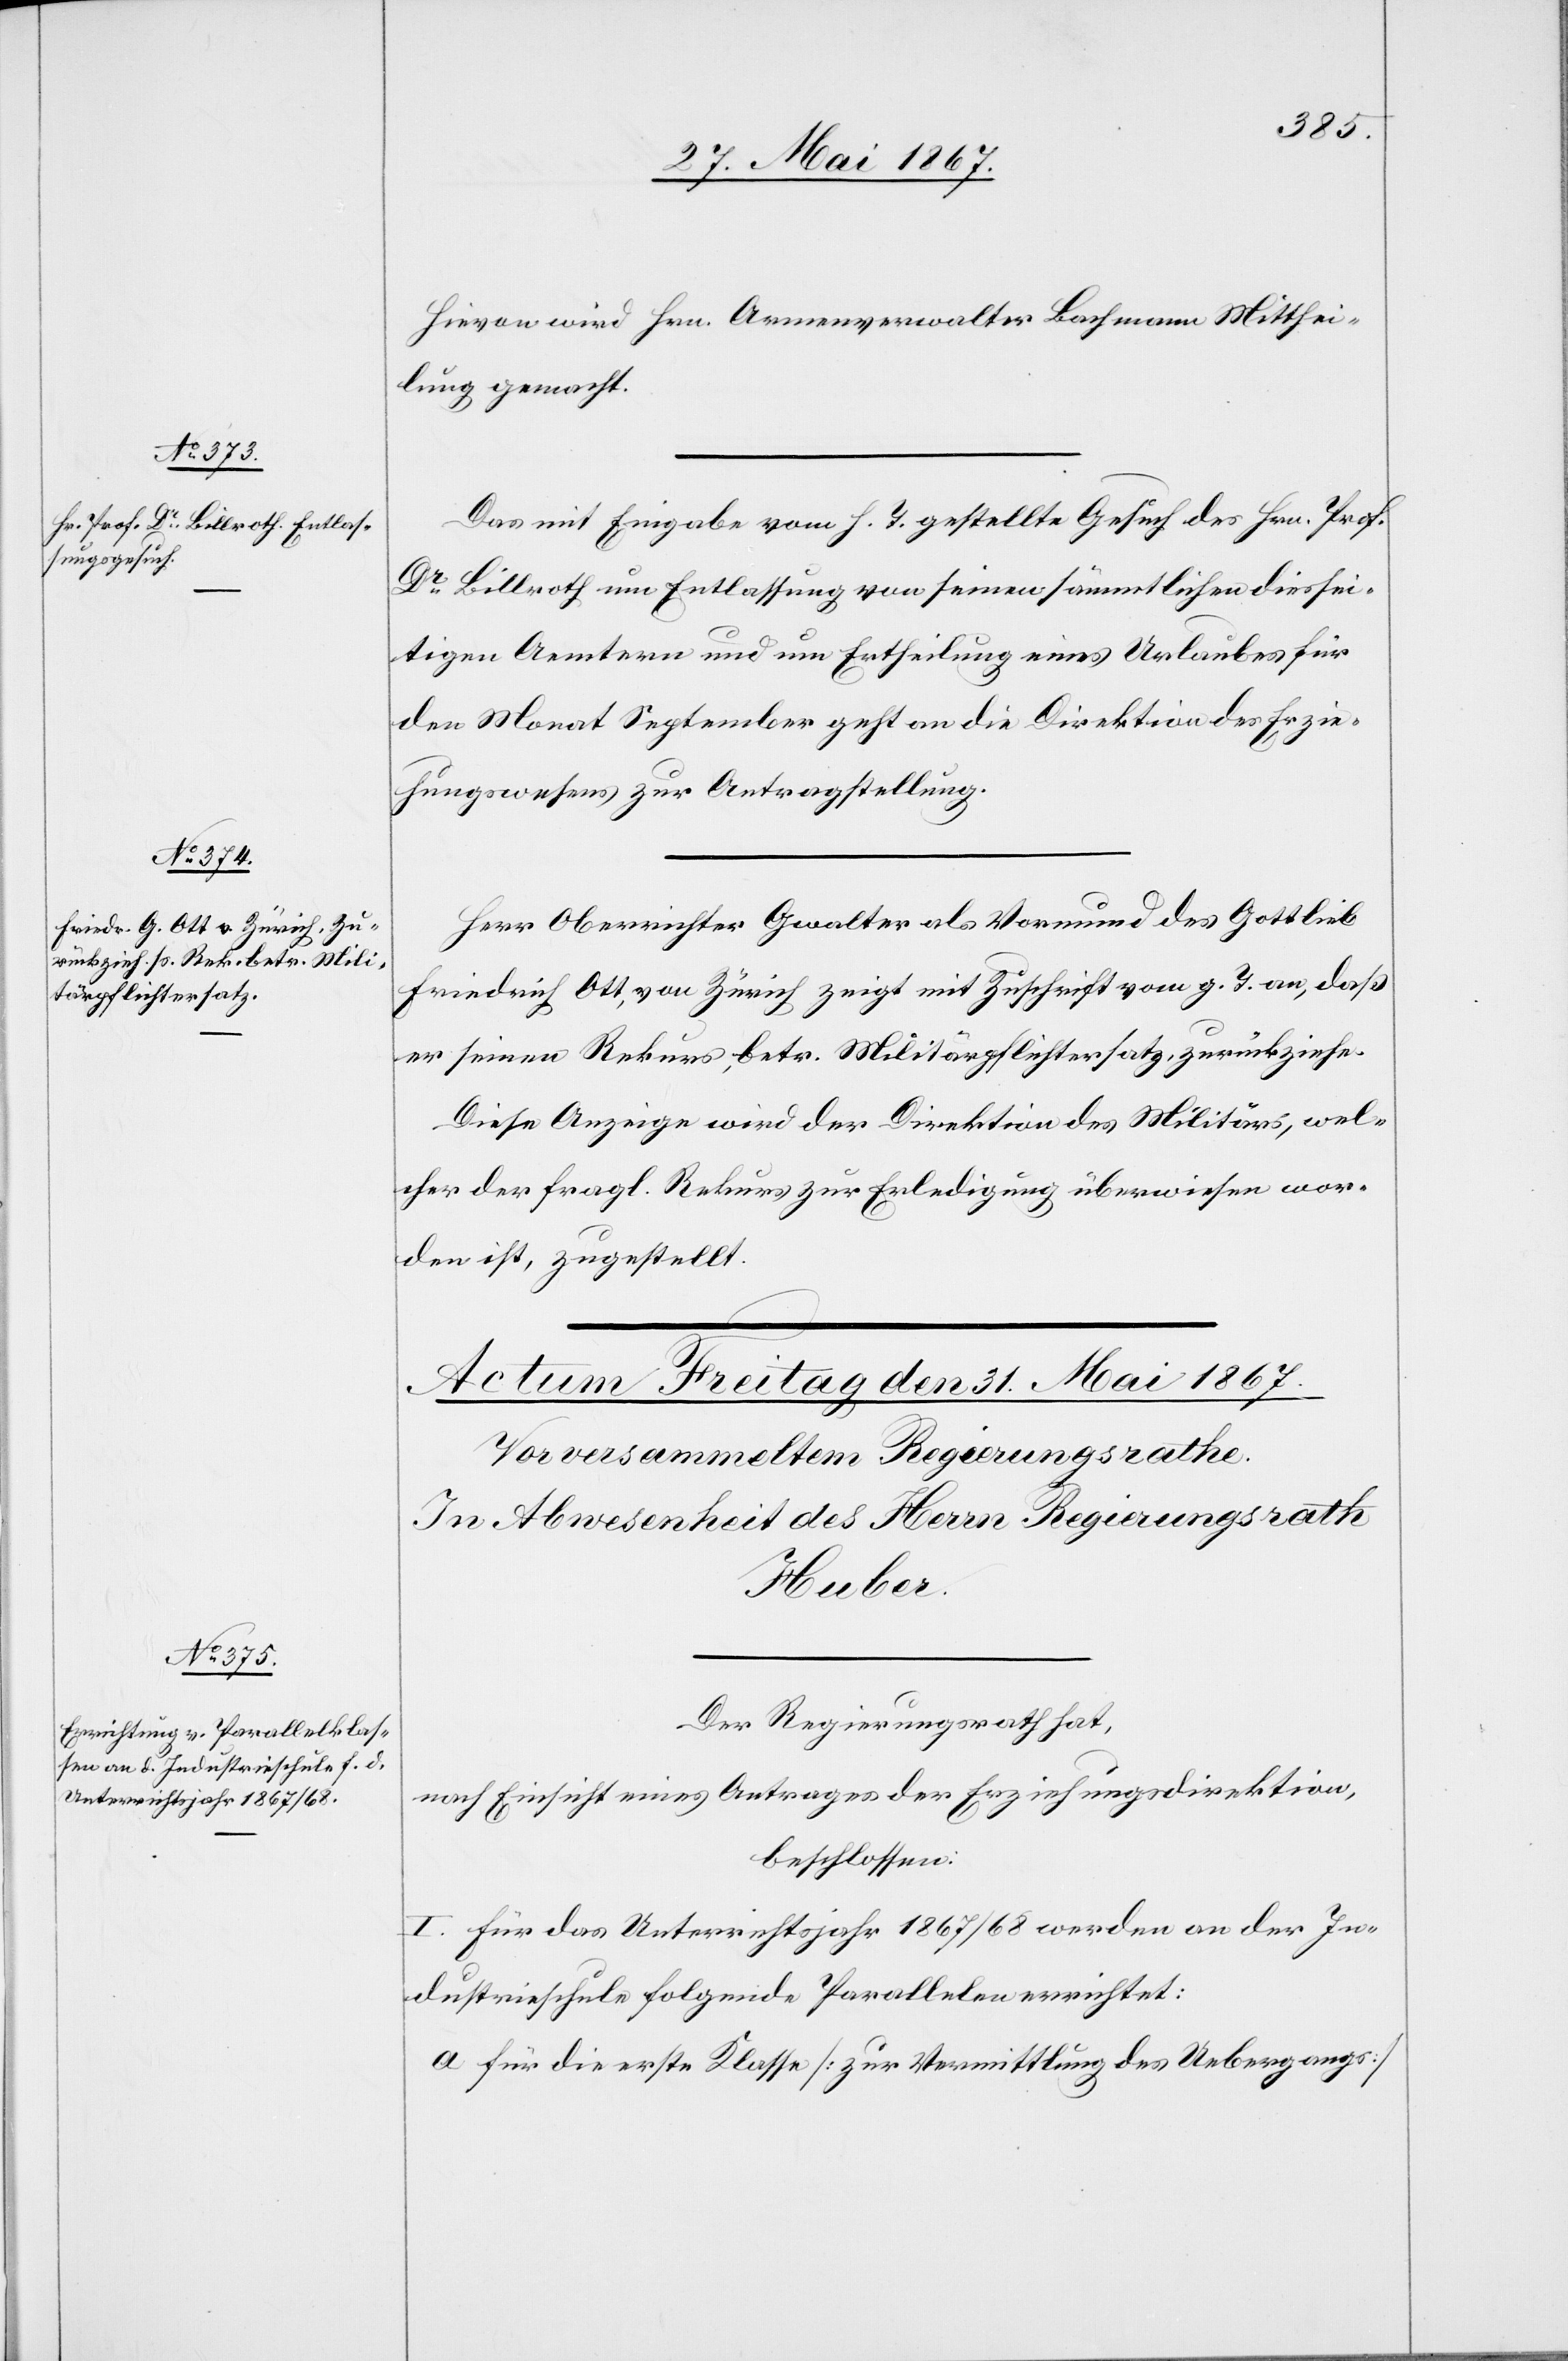
29. Mai 1867.]
Hievon wird Hrn. Armenverwalter Bachmann Mitthei¬
lung gemacht.
Das mit Eingabe vom h. T. gestellte Gesuch des Hrn. Prof.
Billroth um Entlassung von seinen sämmtlichen diessei¬
tigen Aemtern und um Ertheilung eines Urlaubes für
den Monat September geht an die Direktion des Erzie¬
hungswesens zur Antragstellung.
Herr Oberrichter Gwalter als Vormund des Gottlieb
Friedrich Ott, von Zürich zeigt mit Zuschrift vom g. T. an, daß
er seinen Rekurs, betr. Militärpflichtersatz, zurückziehe.
Diese Anzeige wird der Direktion des Militärs, wel¬
cher der fragl. Rekurs zur Erledigung überwiesen wor¬
den ist, zugestellt.
Der Regierungsrath hat,
nach Einsicht eines Antrages der Erziehungsdirektion,
beschlossen:
I. Für das Unterrichtsjahr 1867/68 werden an der In¬
dustrieschule folgende Parallelen errichtet:
a 	für die erste Klasse [zur Vermittlung des Uebergangs]